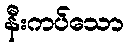
နီးကပ်သော